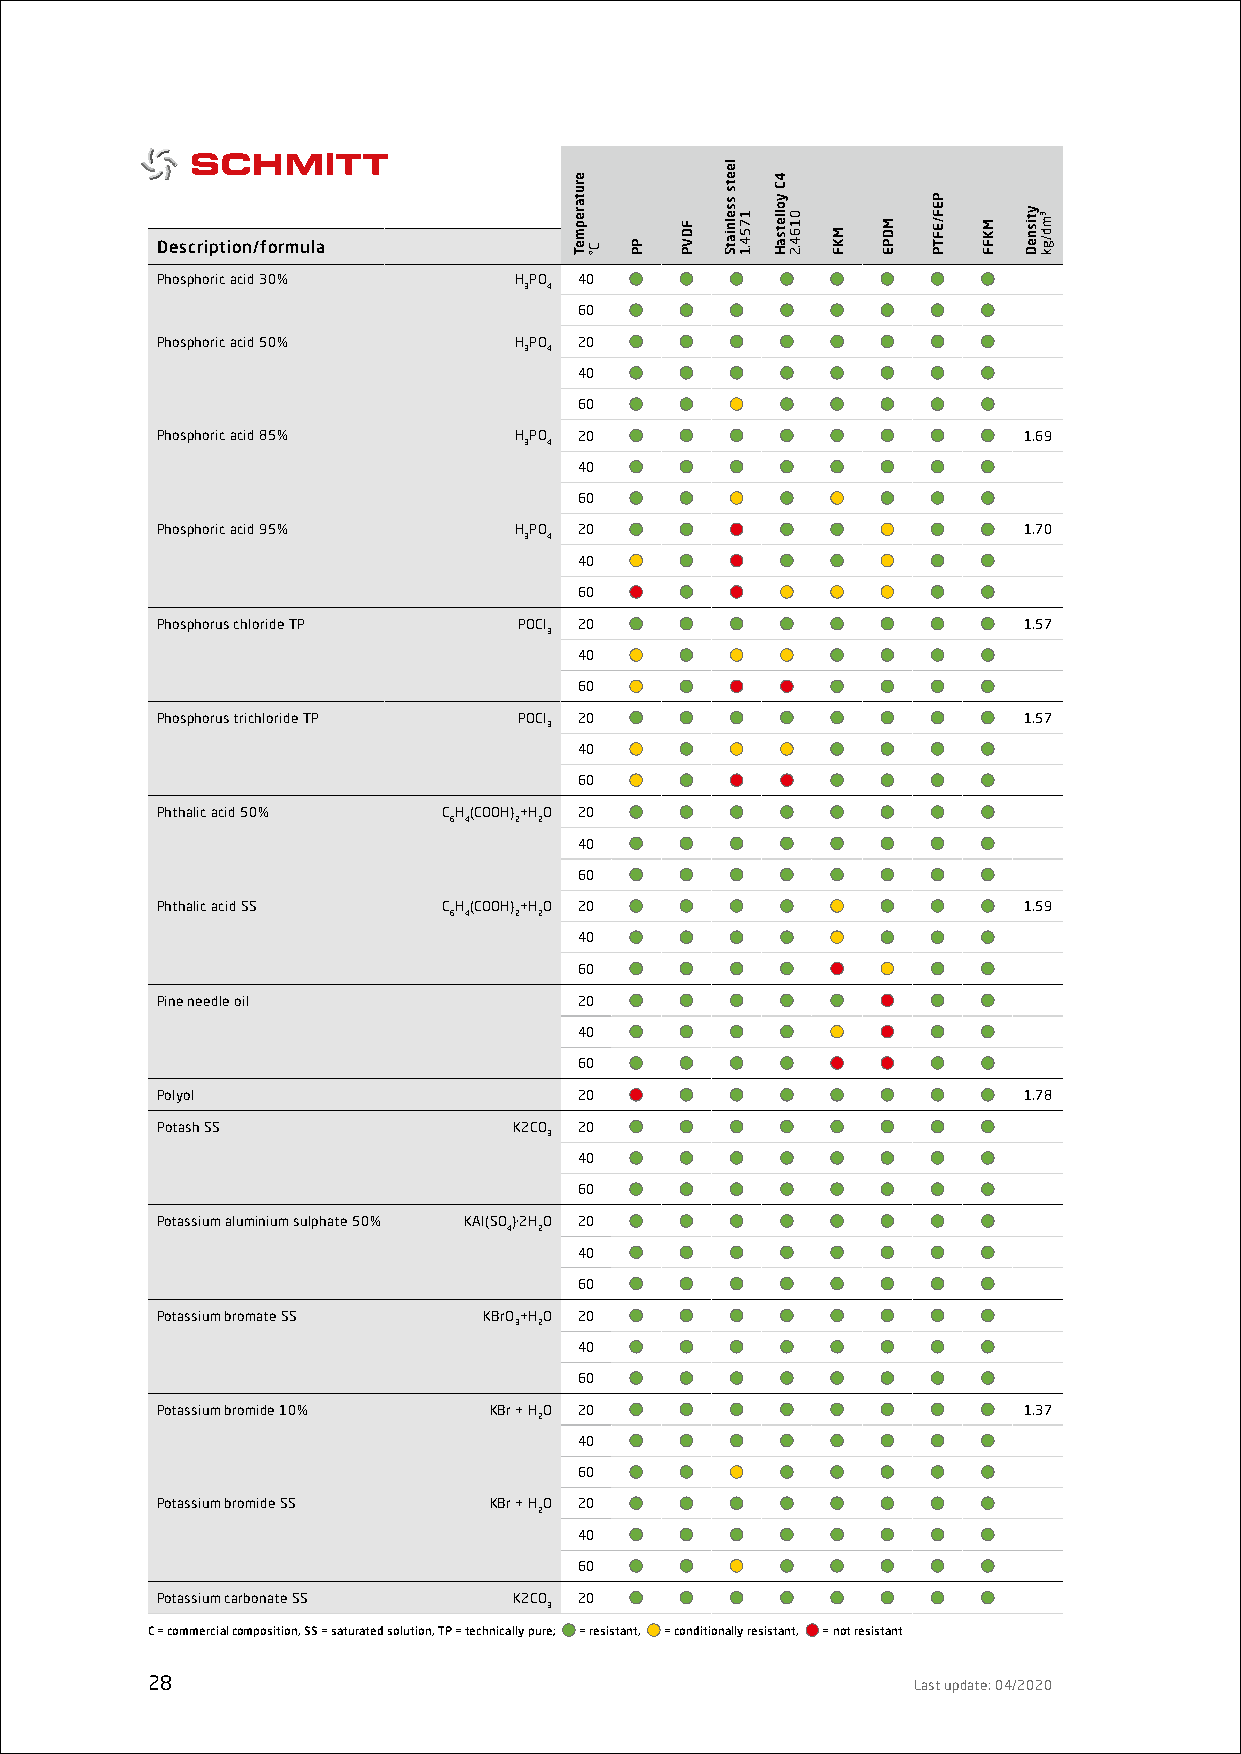
Description/formula
 Phosphoric acid 30%     HPO 40
 3 4
 60
 Phosphoric acid 50%     HPO 20
 3 4
 40
 60
 Phosphoric acid 85%     HPO 20                            1.69
 3 4
 40
 60
 Phosphoric acid 95%     HPO 20                            1.70
 3 4
 40
 60
 Phosphorus chloride TP  POCl 20                           1.57
 3
 40
 60
 Phosphorus trichloride TP POCl 20                         1.57
 3
 40
 60
 Phthalic acid 50%  CH(COOH)+HO 20
 6 4 2 2
 40
 60
 Phthalic acid SS   CH(COOH)+HO 20                         1.59
 6 4 2 2
 40
 60
 Pine needle oil             20
 40
 60
 Polyol                      20                            1.78
 Potash SS               K2CO 20
 3
 40
 60
 Potassium aluminium sulphate 50% KAl(SO)·2HO 20
 4 2
 40
 60
 Potassium bromate SS  KBrO+HO 20
 3 2
 40
 60
 Potassium bromide 10% KBr + HO 20                         1.37
 2
 40
 60
 Potassium bromide SS  KBr + HO 20
 2
 40
 60
 Potassium carbonate SS  K2CO 20
 3
 C = commercial composition, SS = saturated solution, TP = technically pure; = resistant, = conditionally resistant, = not resistant
 28                                                Last update: 04/2020
 erutarepmeT
 C° PP
 FDVP
 leets
 sselniatS
 1754.1
 4C
 yolletsaH
 0164.2
 MKF
 MDPE
 PEF/EFTP
 MKFF
 ytisneD ³md/gk